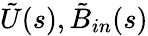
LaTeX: \tilde{U}(s),\tilde{B}_{in}(s)